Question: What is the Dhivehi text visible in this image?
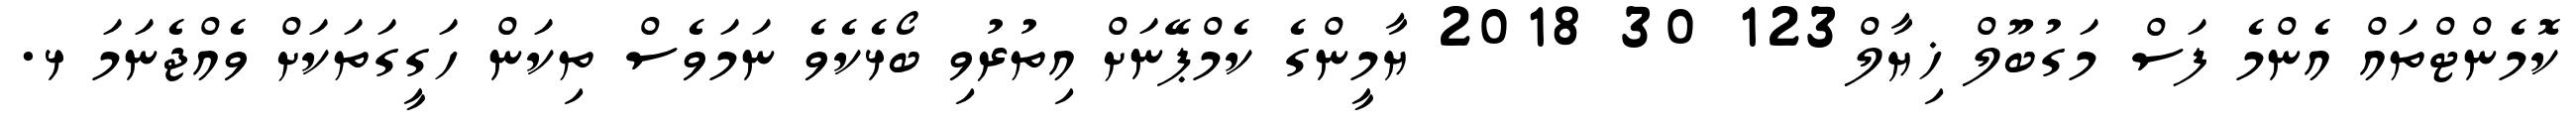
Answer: ކޮމެންޓްތައް އެންމެ ފަސް މަގުބޫލް ޚިޔާލް123 30 2018 ޔާމީންގެ ކެމްޕޭނަށް އިތުރުވި ބޯޅެކެވެ ނަމަވެސް ތިކަން ހަގީގަތަކަށް ވެއްޖެނަމަ ޅ.